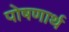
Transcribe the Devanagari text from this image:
पोषणार्थ